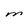
Character: M